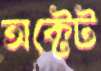
অক্টেট